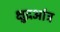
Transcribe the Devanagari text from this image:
क्षुद्रआंत्र